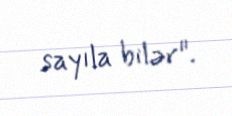
sayıla bilər".